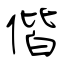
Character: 偕